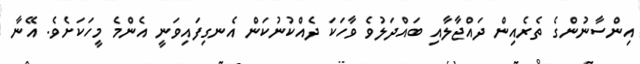
އިންސާނުންގެ ތެރެއިން ދައްޖާލާއި ބައްދަލުވެ ވާހަކަ ދެއްކުނުކަން އެނގިފައިވަނީ އެންމެ މީހަކަށެވެ. އޭނާ